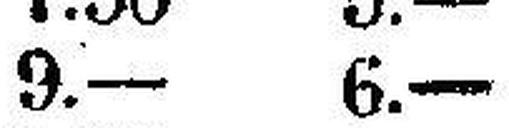
9.— 6.—